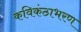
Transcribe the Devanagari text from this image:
कविकंठाभरण